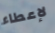
لإعطاء